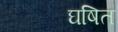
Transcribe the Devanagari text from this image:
घषित